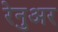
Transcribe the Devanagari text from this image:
रेनुअर